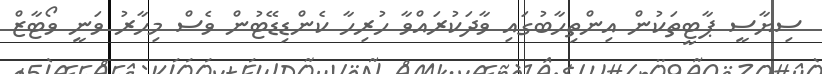
ސިޔާސީ ޕާޓީތަކުން އިންތިހާބުގައި ވާދަކުރައްވާ ހުރިހާ ކެންޑިޑޭޓުން ވެސް މިހާރު ވަނީ ވޯޓާޒް